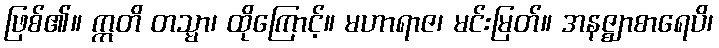
ဖြစ်၏။ ဣတိ တသ္မာ၊ ထိုကြောင့်။ မဟာရာဇ၊ မင်းမြတ်။ အနဇ္ဈာစာရေပိ၊